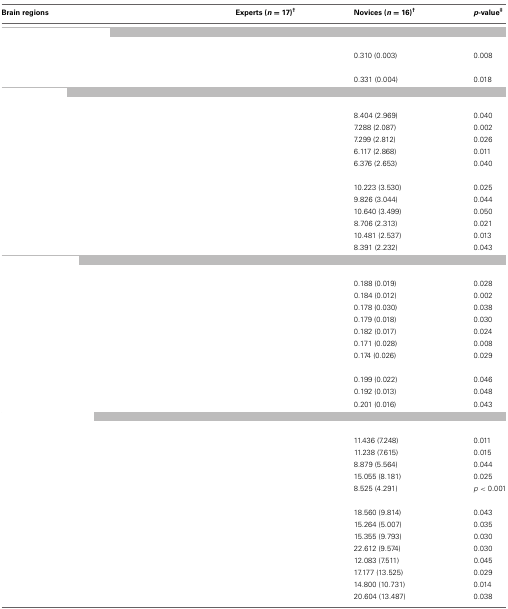
<table><thead><tr><td><b>Brain regions</b></td><td><b>Experts (<i>n</i> = 17)<sup>†</sup></b></td><td><b>Novices (<i>n</i> = 16)<sup>†</sup></b></td><td><b><i>p</i>-value<sup>‡</sup></b></td></tr></thead><tbody><tr><td colspan="4">[EMPTY_CELL]</td></tr><tr><td colspan="4">[EMPTY_CELL]</td></tr><tr><td>[EMPTY_CELL]</td><td>[EMPTY_CELL]</td><td>0.310 (0.003)</td><td>0.008</td></tr><tr><td colspan="4">[EMPTY_CELL]</td></tr><tr><td>[EMPTY_CELL]</td><td>[EMPTY_CELL]</td><td>0.331 (0.004)</td><td>0.018</td></tr><tr><td colspan="4">[EMPTY_CELL]</td></tr><tr><td colspan="4">[EMPTY_CELL]</td></tr><tr><td>[EMPTY_CELL]</td><td>[EMPTY_CELL]</td><td>8.404 (2.969)</td><td>0.040</td></tr><tr><td>[EMPTY_CELL]</td><td>[EMPTY_CELL]</td><td>7.288 (2.087)</td><td>0.002</td></tr><tr><td>[EMPTY_CELL]</td><td>[EMPTY_CELL]</td><td>7.299 (2.812)</td><td>0.026</td></tr><tr><td>[EMPTY_CELL]</td><td>[EMPTY_CELL]</td><td>6.117 (2.868)</td><td>0.011</td></tr><tr><td>[EMPTY_CELL]</td><td>[EMPTY_CELL]</td><td>6.376 (2.653)</td><td>0.040</td></tr><tr><td colspan="4">[EMPTY_CELL]</td></tr><tr><td>[EMPTY_CELL]</td><td>[EMPTY_CELL]</td><td>10.223 (3.530)</td><td>0.025</td></tr><tr><td>[EMPTY_CELL]</td><td>[EMPTY_CELL]</td><td>9.826 (3.044)</td><td>0.044</td></tr><tr><td>[EMPTY_CELL]</td><td>[EMPTY_CELL]</td><td>10.640 (3.499)</td><td>0.050</td></tr><tr><td>[EMPTY_CELL]</td><td>[EMPTY_CELL]</td><td>8.706 (2.313)</td><td>0.021</td></tr><tr><td>[EMPTY_CELL]</td><td>[EMPTY_CELL]</td><td>10.481 (2.537)</td><td>0.013</td></tr><tr><td>[EMPTY_CELL]</td><td>[EMPTY_CELL]</td><td>8.391 (2.232)</td><td>0.043</td></tr><tr><td colspan="4">[EMPTY_CELL]</td></tr><tr><td colspan="4">[EMPTY_CELL]</td></tr><tr><td>[EMPTY_CELL]</td><td>[EMPTY_CELL]</td><td>0.188 (0.019)</td><td>0.028</td></tr><tr><td>[EMPTY_CELL]</td><td>[EMPTY_CELL]</td><td>0.184 (0.012)</td><td>0.002</td></tr><tr><td>[EMPTY_CELL]</td><td>[EMPTY_CELL]</td><td>0.178 (0.030)</td><td>0.038</td></tr><tr><td>[EMPTY_CELL]</td><td>[EMPTY_CELL]</td><td>0.179 (0.018)</td><td>0.030</td></tr><tr><td>[EMPTY_CELL]</td><td>[EMPTY_CELL]</td><td>0.182 (0.017)</td><td>0.024</td></tr><tr><td>[EMPTY_CELL]</td><td>[EMPTY_CELL]</td><td>0.171 (0.028)</td><td>0.008</td></tr><tr><td>[EMPTY_CELL]</td><td>[EMPTY_CELL]</td><td>0.174 (0.026)</td><td>0.029</td></tr><tr><td colspan="4">[EMPTY_CELL]</td></tr><tr><td>[EMPTY_CELL]</td><td>[EMPTY_CELL]</td><td>0.199 (0.022)</td><td>0.046</td></tr><tr><td>[EMPTY_CELL]</td><td>[EMPTY_CELL]</td><td>0.192 (0.013)</td><td>0.048</td></tr><tr><td>[EMPTY_CELL]</td><td>[EMPTY_CELL]</td><td>0.201 (0.016)</td><td>0.043</td></tr><tr><td colspan="4">[EMPTY_CELL]</td></tr><tr><td colspan="4">[EMPTY_CELL]</td></tr><tr><td>[EMPTY_CELL]</td><td>[EMPTY_CELL]</td><td>11.436 (7.248)</td><td>0.011</td></tr><tr><td>[EMPTY_CELL]</td><td>[EMPTY_CELL]</td><td>11.238 (7.615)</td><td>0.015</td></tr><tr><td>[EMPTY_CELL]</td><td>[EMPTY_CELL]</td><td>8.879 (5.564)</td><td>0.044</td></tr><tr><td>[EMPTY_CELL]</td><td>[EMPTY_CELL]</td><td>15.055 (8.181)</td><td>0.025</td></tr><tr><td>[EMPTY_CELL]</td><td>[EMPTY_CELL]</td><td>8.525 (4.291)</td><td><i>p</i> &lt; 0.001</td></tr><tr><td colspan="4">[EMPTY_CELL]</td></tr><tr><td>[EMPTY_CELL]</td><td>[EMPTY_CELL]</td><td>18.560 (9.814)</td><td>0.043</td></tr><tr><td>[EMPTY_CELL]</td><td>[EMPTY_CELL]</td><td>15.264 (5.007)</td><td>0.035</td></tr><tr><td>[EMPTY_CELL]</td><td>[EMPTY_CELL]</td><td>15.355 (9.793)</td><td>0.030</td></tr><tr><td>[EMPTY_CELL]</td><td>[EMPTY_CELL]</td><td>22.612 (9.574)</td><td>0.030</td></tr><tr><td>[EMPTY_CELL]</td><td>[EMPTY_CELL]</td><td>12.083 (7.511)</td><td>0.045</td></tr><tr><td>[EMPTY_CELL]</td><td>[EMPTY_CELL]</td><td>17.177 (13.525)</td><td>0.029</td></tr><tr><td>[EMPTY_CELL]</td><td>[EMPTY_CELL]</td><td>14.800 (10.731)</td><td>0.014</td></tr><tr><td>[EMPTY_CELL]</td><td>[EMPTY_CELL]</td><td>20.604 (13.487)</td><td>0.038</td></tr></tbody></table>